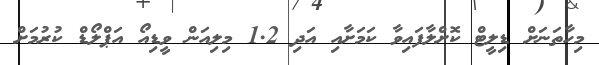
މިހާތަނަށް ޑިލީޓް ކޮށްލާފައިވާ ކަމަށާއި އަދި 1.2 މިލިއަން ވީޑިއޯ އަޕްލޯޑް ކުރުމަށް